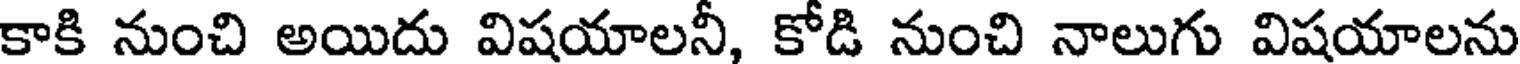
కాకి నుంచి అయిదు విషయాలనీ, కోడి నుంచి నాలుగు విషయాలను